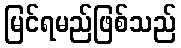
မြင်ရမည်ဖြစ်သည်